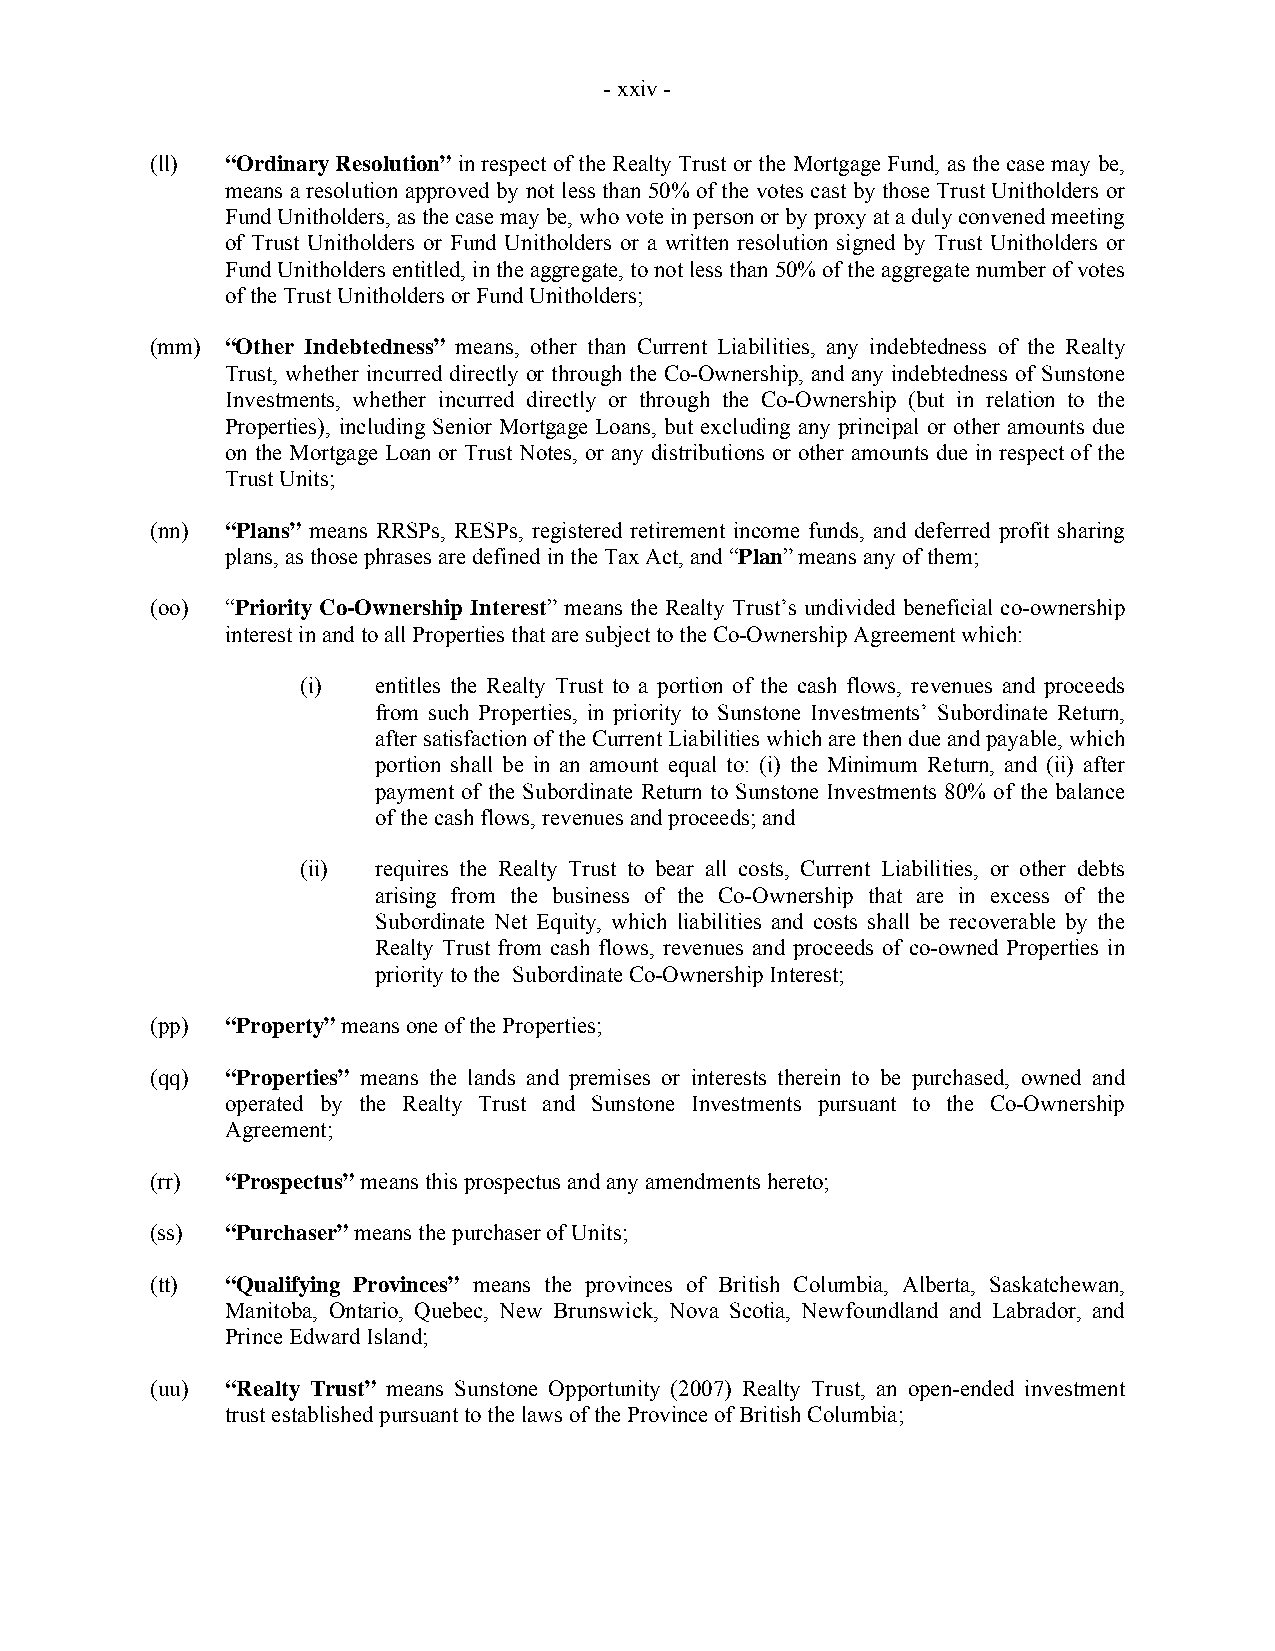
- xxiv -
 (ll) “Ordinary Resolution” in respect of the Realty Trust or the Mortgage Fund, as the case may be,
 means a resolution approved by not less than 50% of the votes cast by those Trust Unitholders or
 Fund Unitholders, as the case may be, who vote in person or by proxy at a duly convened meeting
 of Trust Unitholders or Fund Unitholders or a written resolution signed by Trust Unitholders or
 Fund Unitholders entitled, in the aggregate, to not less than 50% of the aggregate number of votes
 of the Trust Unitholders or Fund Unitholders;
 (mm) “Other Indebtedness” means, other than Current Liabilities, any indebtedness of the Realty
 Trust, whether incurred directly or through the Co-Ownership, and any indebtedness of Sunstone
 Investments, whether incurred directly or through the Co-Ownership (but in relation to the
 Properties), including Senior Mortgage Loans, but excluding any principal or other amounts due
 on the Mortgage Loan or Trust Notes, or any distributions or other amounts due in respect of the
 Trust Units;
 (nn) “Plans” means RRSPs, RESPs, registered retirement income funds, and deferred profit sharing
 plans, as those phrases are defined in the Tax Act, and “Plan” means any of them;
 (oo) “Priority Co-Ownership Interest” means the Realty Trust’s undivided beneficial co-ownership
 interest in and to all Properties that are subject to the Co-Ownership Agreement which:
 (i)  entitles the Realty Trust to a portion of the cash flows, revenues and proceeds
 from such Properties, in priority to Sunstone Investments’ Subordinate Return,
 after satisfaction of the Current Liabilities which are then due and payable, which
 portion shall be in an amount equal to: (i) the Minimum Return, and (ii) after
 payment of the Subordinate Return to Sunstone Investments 80% of the balance
 of the cash flows, revenues and proceeds; and
 (ii) requires the Realty Trust to bear all costs, Current Liabilities, or other debts
 arising from the business of the Co-Ownership that are in excess of the
 Subordinate Net Equity, which liabilities and costs shall be recoverable by the
 Realty Trust from cash flows, revenues and proceeds of co-owned Properties in
 priority to the Subordinate Co-Ownership Interest;
 (pp) “Property” means one of the Properties;
 (qq) “Properties” means the lands and premises or interests therein to be purchased, owned and
 operated by the Realty Trust and Sunstone Investments pursuant to the Co-Ownership
 Agreement;
 (rr) “Prospectus” means this prospectus and any amendments hereto;
 (ss) “Purchaser” means the purchaser of Units;
 (tt) “Qualifying Provinces” means the provinces of British Columbia, Alberta, Saskatchewan,
 Manitoba, Ontario, Quebec, New Brunswick, Nova Scotia, Newfoundland and Labrador, and
 Prince Edward Island;
 (uu) “Realty Trust” means Sunstone Opportunity (2007) Realty Trust, an open-ended investment
 trust established pursuant to the laws of the Province of British Columbia;